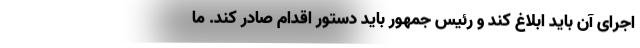
اجرای آن باید ابلاغ کند و رئیس جمهور باید دستور اقدام صادر کند. ما